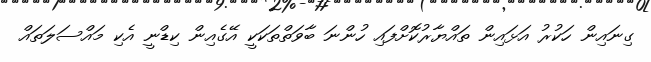
ގިނައިން ހަކުރު އަޅައިން ތައްޔާރުކޮށްފައި ހުންނަ ބާވަތްތަކަކީ އޭގެއިން ކިޑްނީ އެކި މައްސަލަތައް